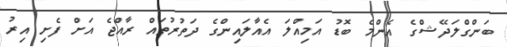
ބަންގްލަދޭޝްގެ އެންމެ ބޮޑު އަމިއްލަ އެއާލައިންގެ ދަތުރުތައް ރާއްޖެ އަށް ފެށި އިރު